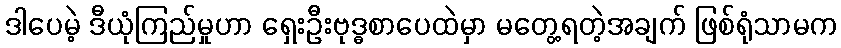
ဒါပေမဲ့ ဒီယုံကြည်မှုဟာ ရှေးဦးဗုဒ္ဓစာပေထဲမှာ မတွေ့ရတဲ့အချက် ဖြစ်ရုံသာမက